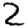
Digit: 2